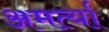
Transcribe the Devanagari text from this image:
अमर्त्या